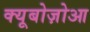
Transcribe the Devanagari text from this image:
क्यूबोज़ोआ